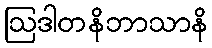
ဩဒါတနိဘာသာနိ